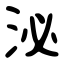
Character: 泌